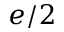
e / 2